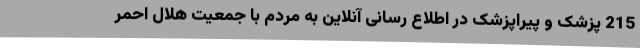
215 پزشک و پیراپزشک در اطلاع رسانی آنلاین به مردم با جمعیت هلال احمر